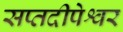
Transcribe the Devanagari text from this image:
सप्तदीपेश्वर